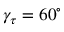
\gamma _ { \tau } = 6 0 ^ { \circ }